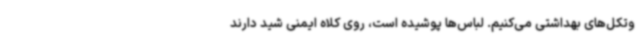
وتکل‌های بهداشتی می‌کنیم. لباس‌ها پوشیده است، روی کلاه ایمنی شید دارند